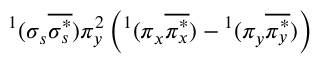
^ 1 ( \sigma _ { s } \overline { { \sigma _ { s } ^ { * } } } ) \pi _ { y } ^ { 2 } \left( ^ 1 ( \pi _ { x } \overline { { \pi _ { x } ^ { * } } } ) - { } ^ { 1 } ( \pi _ { y } \overline { { \pi _ { y } ^ { * } } } ) \right)